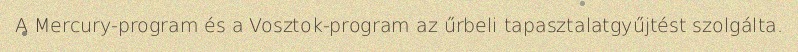
A Mercury-program és a Vosztok-program az űrbeli tapasztalatgyűjtést szolgálta.